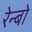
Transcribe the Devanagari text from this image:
रेन्‍बो